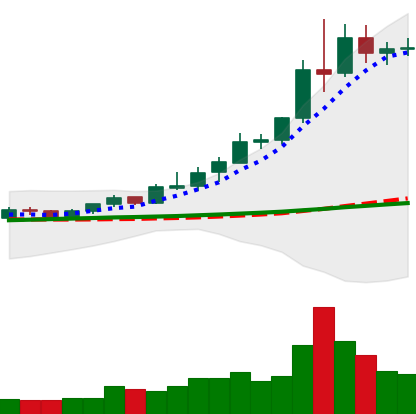
Ticker: XRP-USD
Chart end date: 2020-08-06
Forward return: -6.303%
Label: down_5_7